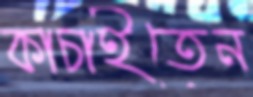
কাচাইতেন